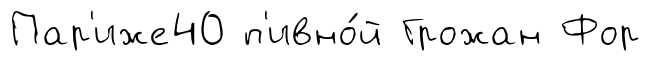
Пар'иже40 п'ивно́й Грожан Фор